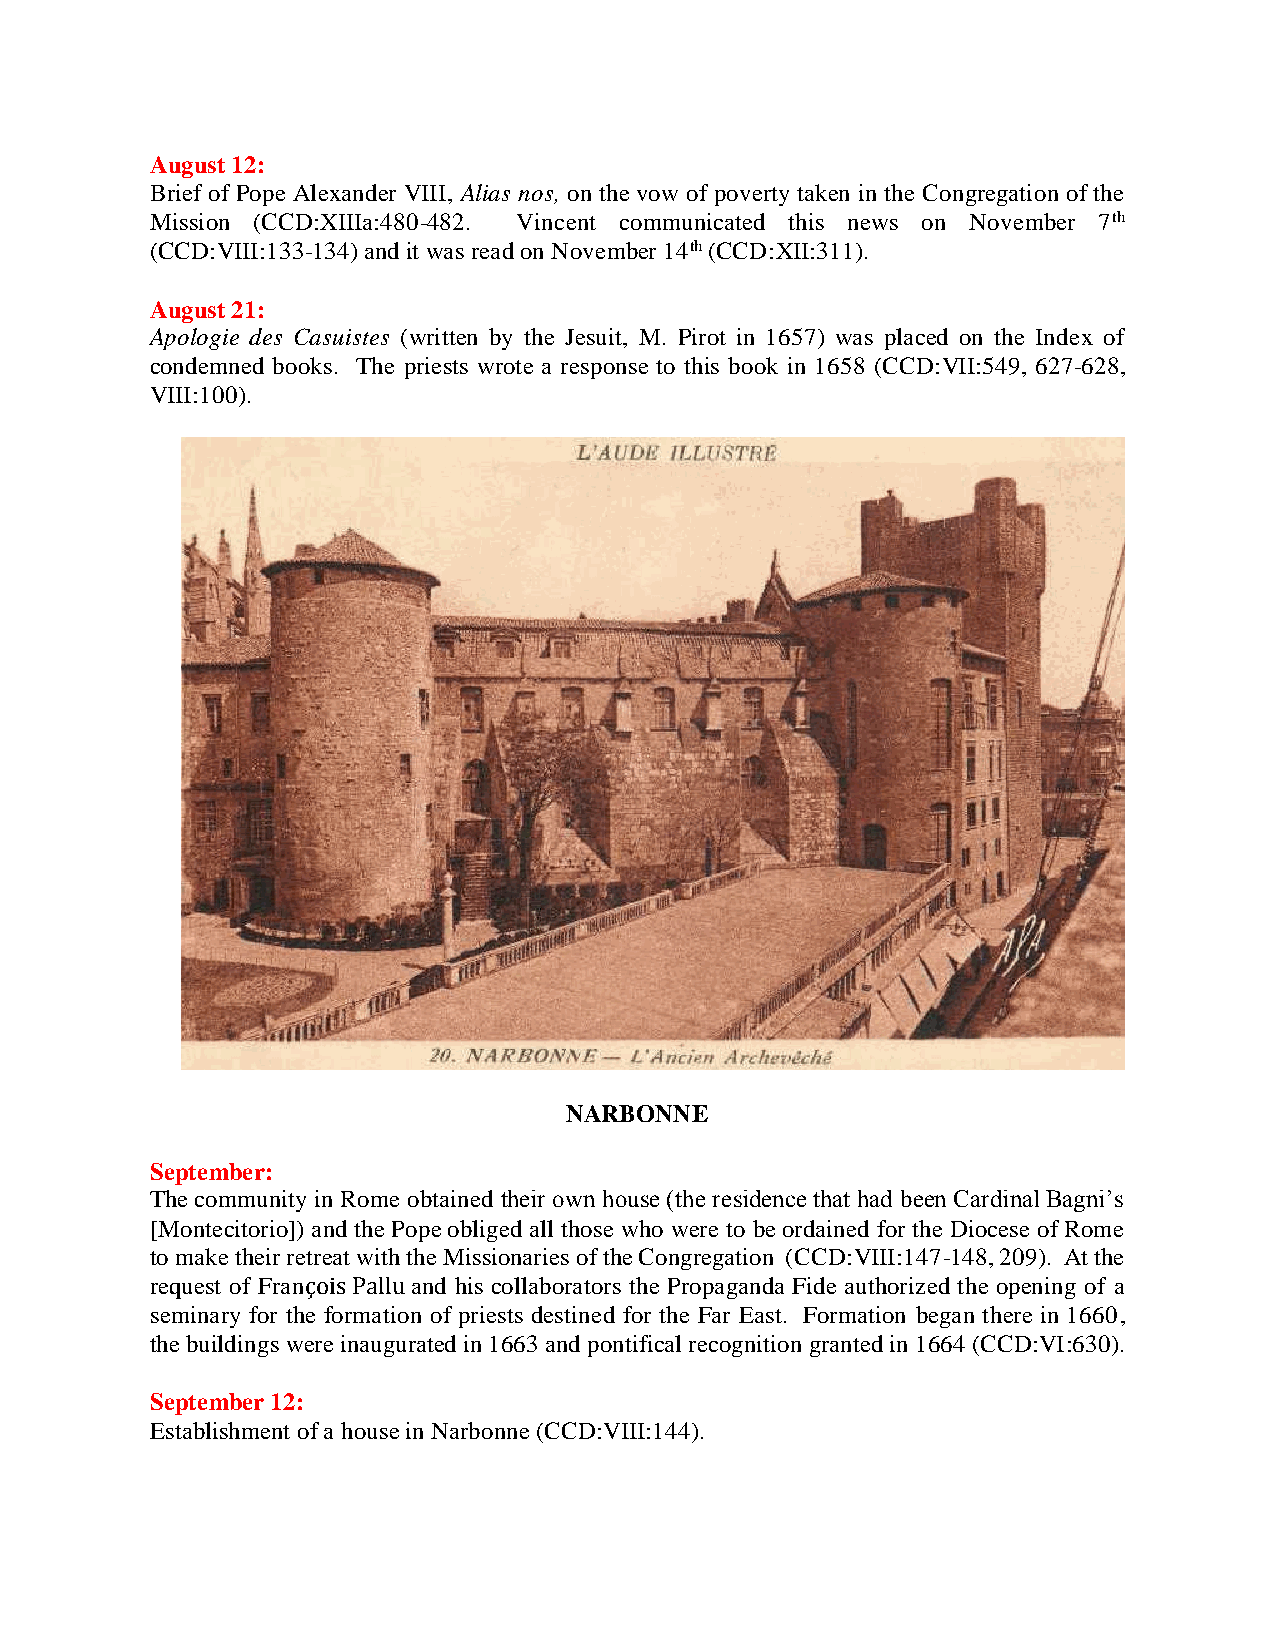
August 12:
 Brief of Pope Alexander VIII, Alias nos, on the vow of poverty taken in the Congregation of the
 Mission (CCD:XIIIa:480-482. Vincent communicated this news on November 7th
 (CCD:VIII:133-134) and it was read on November 14th (CCD:XII:311).
 August 21:
 Apologie des Casuistes (written by the Jesuit, M. Pirot in 1657) was placed on the Index of
 condemned books. The priests wrote a response to this book in 1658 (CCD:VII:549, 627-628,
 VIII:100).
 NARBONNE
 September:
 The community in Rome obtained their own house (the residence that had been Cardinal Bagni’s
 [Montecitorio]) and the Pope obliged all those who were to be ordained for the Diocese of Rome
 to make their retreat with the Missionaries of the Congregation (CCD:VIII:147-148, 209). At the
 request of François Pallu and his collaborators the Propaganda Fide authorized the opening of a
 seminary for the formation of priests destined for the Far East. Formation began there in 1660,
 the buildings were inaugurated in 1663 and pontifical recognition granted in 1664 (CCD:VI:630).
 September 12:
 Establishment of a house in Narbonne (CCD:VIII:144).